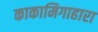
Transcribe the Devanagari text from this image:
काकामिगाहारा